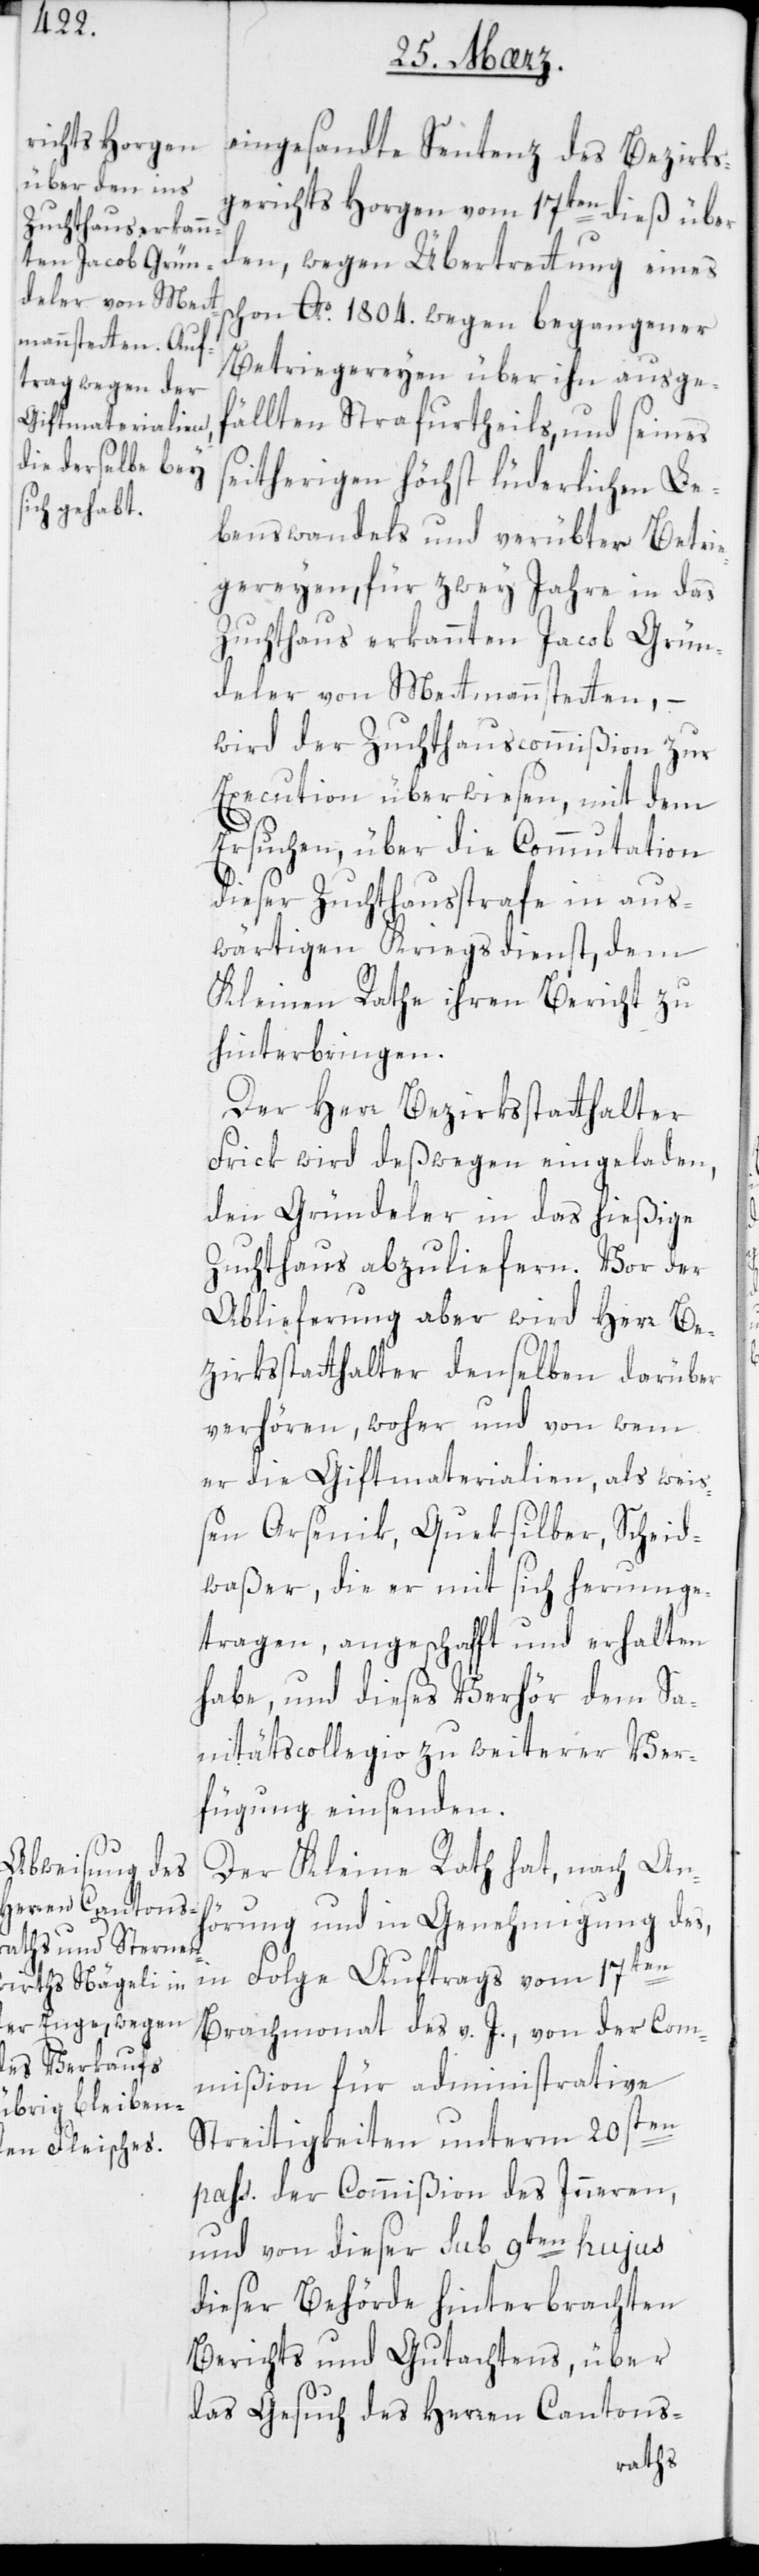
eingesandte Sentenz des Bezirks¬
gerichts Horgen vom 17ten dieß, über
den wegen Übertretung eines
schon Ao. 1804. wegen begangener
Betriegereyen über ihn ausge¬
fällten Strafurtheils, und seines
seitherigen höchst lüderlichen Le¬
benswandels und verübter Betrie¬
gereyen, für zwey Jahre in das
Zuchthaus erkannten Jacob Grün¬
deler von Mettmenstetten, –
wird der Zuchthauscommißion zur
Execution überwiesen, mit dem
Ersuchen, über die Commutation
dieser Zuchthausstrafe in aus¬
wärtigen Kriegsdienst, dem
Kleinen Rathe ihren Bericht zu
hinterbringen.
Der Herr Bezirksstatthalter
Frick wird deßwegen eingeladen,
den Gründeler in das hießige
Zuchthaus abzuliefern. Vor der
Ablieferung aber wird Herr Be¬
zirksstatthalter denselben darüber
verhören, woher und von wem
er die Giftmaterialien, als weis¬
sen Arsenik, Queksilber, Scheid¬
waßer, die er mit sich herumge¬
tragen, angeschafft und erhalten
habe, und dieses Verhör dem Sa¬
nitätscollegio zu weiterer Ver¬
fügung einsenden.
Der Kleine Rath hat, nach An¬
hörung und in Genehmigung des,
in Folge Auftrags vom 17ten
Brachmonat des v. J., von der Com¬
mißion für administrative
Streitigkeiten unterm 20sten
pass: der Commißion des Innern,
und von dieser sub 9ten hujus
dieser Behörde hinterbrachten
Berichts und Gutachtens, über
das Gesuch des Herren Cantons-